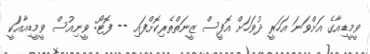
ވީމީޑިއާގެ އަށްވަނަ އަހަރީ ދުވަހަށް އޮފީސް ޒީނަތްތެރިކޮށްފައި -- ފޮޓޯ: ވީނިއުސް ވީމީޑިއާއަކީ